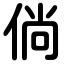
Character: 倘